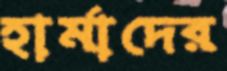
হার্মাদের